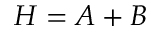
H = A + B